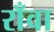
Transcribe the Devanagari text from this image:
राँवा